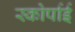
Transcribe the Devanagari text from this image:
स्कोर्पाई